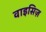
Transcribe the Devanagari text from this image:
वाइसिज़